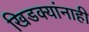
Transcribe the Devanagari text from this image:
खिडक्यांनाही